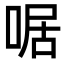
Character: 啹